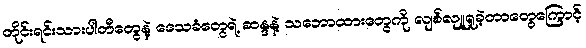
တိုင်းရင်းသားပါတီတွေနဲ့ ဒေသခံတွေရဲ့ ဆန္ဒနဲ့ သဘောထားတွေကို လျစ်လျူရှုခဲ့တာတွေကြောင့်